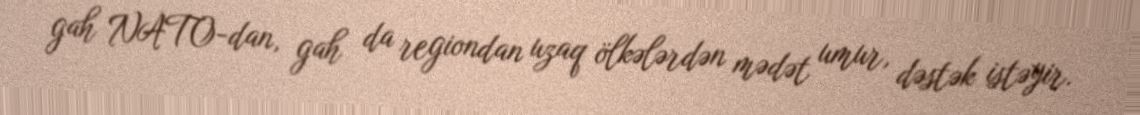
gah NATO-dan, gah da regiondan uzaq ölkələrdən mədət umur, dəstək istəyir.